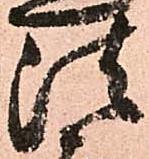
法